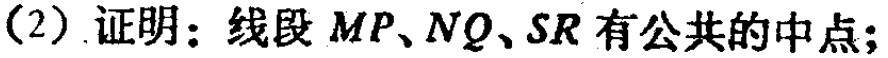
(2) 证明：线段 \(MP、NQ、SR\) 有公共的中点；